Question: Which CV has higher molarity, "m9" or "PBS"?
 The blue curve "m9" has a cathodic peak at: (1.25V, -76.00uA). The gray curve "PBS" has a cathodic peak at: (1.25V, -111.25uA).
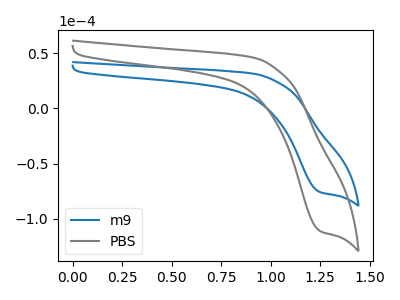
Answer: <think>All the peaks in "m9" have a peak in "PBS" at the same potential. Every peak in "m9" is lower than every peak in "PBS".
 </think>
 <answer>"m9" has less signal than "PBS" and so likely has a lower concentration.</answer>
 <eval>less_concentration</eval>